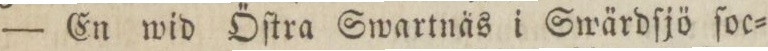
— En wid Öſtra Swartnäs i Swärdſjö ſoc=